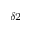
_ { \delta 2 }